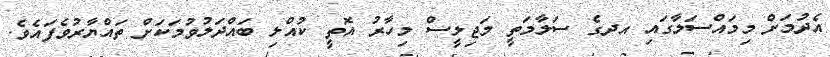
އެދުމަށް މިމައްސަލާގައި އދގެ ސަލާމަތީ މަޖިލީސް މިހާރު އޮތީ ކުއްލި ބައްދަލުވުމަކަށް ތައްޔާރުވެފައެވެ.